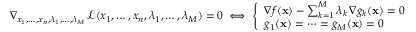
\nabla _ { x _ { 1 } , \ldots , x _ { n } , \lambda _ { 1 } , \ldots , \lambda _ { M } } { \mathcal { L } } ( x _ { 1 } , \ldots , x _ { n } , \lambda _ { 1 } , \ldots , \lambda _ { M } ) = 0 \iff { \left\{ \begin{array} { l l } { \nabla f ( \mathbf { x } ) - \sum _ { k = 1 } ^ { M } { \lambda _ { k } \, \nabla g _ { k } ( \mathbf { x } ) } = 0 } \\ { g _ { 1 } ( \mathbf { x } ) = \cdots = g _ { M } ( \mathbf { x } ) = 0 } \end{array} \right. }